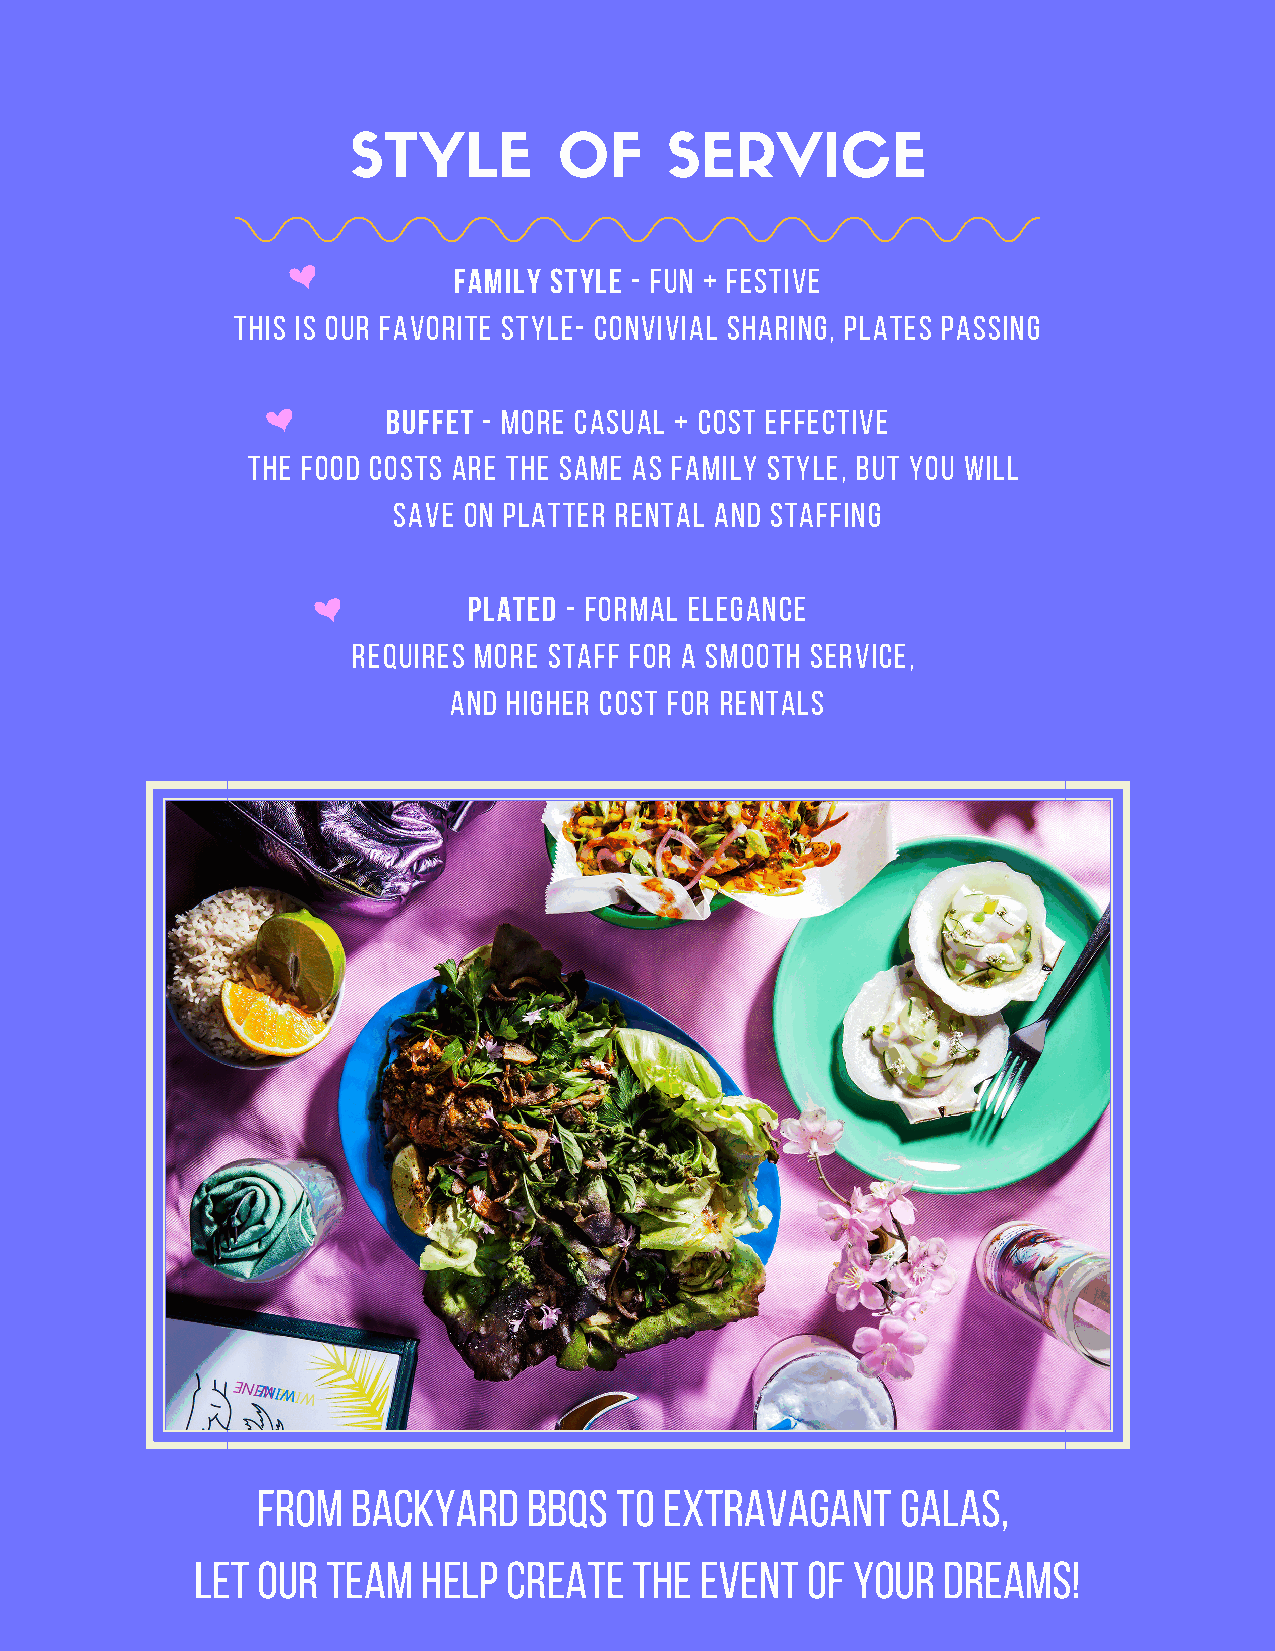
STYLE         OF     SERVICE
 family style - FUn + FESTive
 This is our favorite style- Convivial Sharing, PLATES PASSING
 BUFFET - MORE CASUAL + COST EFFECTIVE
 THE FOOD COSTS ARE THE SAME AS FAMILY STYLE, BUT YOU WILL
 SAVE ON PLATTER RENTAL AND STAFFING
 plated - FORMAL ELEGANCE
 REQUIRES MORE STAFF FOR A SMOOTH SERVICE,
 AND HIGHER COST FOR RENTALS
 From  Backyard    BBQs  to EXTRAVAGANT     galas,
 Let our  team  help  create  the event  of your  dreams!